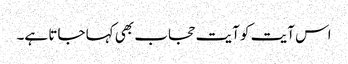
اس آیت کو آیت حجاب بھی کہا جاتا ہے۔